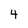
Character: 4